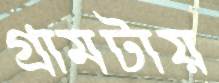
গ্রামটায়